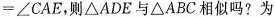
$$=∠ C A E$$，则 △ A D E 与 △A B C 相似吗? 为